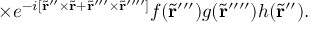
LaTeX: \times e ^ { - { i } [ \tilde { \bf r } ^ { \prime \prime } \times \tilde { \bf r } + \tilde { \bf r } ^ { \prime \prime \prime } \times \tilde { \bf r } ^ { \prime \prime \prime \prime } ] } f ( \tilde { \bf r } ^ { \prime \prime \prime } ) g ( \tilde { \bf r } ^ { \prime \prime \prime \prime } ) h ( \tilde { \bf r } ^ { \prime \prime } ) .